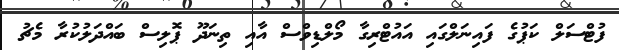
ފުޓްސަލް ކަޕުގެ ފައިނަލްގައި އައުޓްރިގާ މޯލްޑިވްސް އާއި ތިނަދޫ ޕޮލިސް ބައްދަލުކުރާ މެޗު